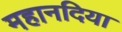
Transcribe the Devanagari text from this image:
महानदिया